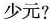
少元?